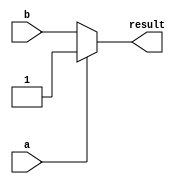
module ternary_operator (
    input wire a,
    input wire b,
    output reg result
);

always @*
begin
    // Using ternary operator to select between a and b based on the condition a == 1
    result = (a == 1) ? a : b;
end

endmodule